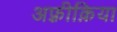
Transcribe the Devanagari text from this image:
अफ़्रीक़िया